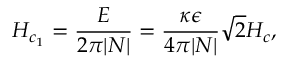
H _ { c _ { 1 } } = { \frac { \cal E } { 2 \pi | N | } } = { \frac { \kappa \epsilon } { 4 \pi | N | } } \sqrt { 2 } H _ { c } ,